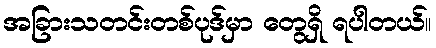
အခြားသတင်းတစ်ပုဒ်မှာ တွေရှိ ရပါတယ်။